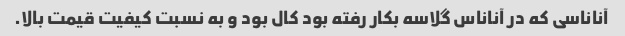
آناناسی که در آناناس گلاسه بکار رفته بود کال بود و به نسبت کیفیت قیمت بالا.